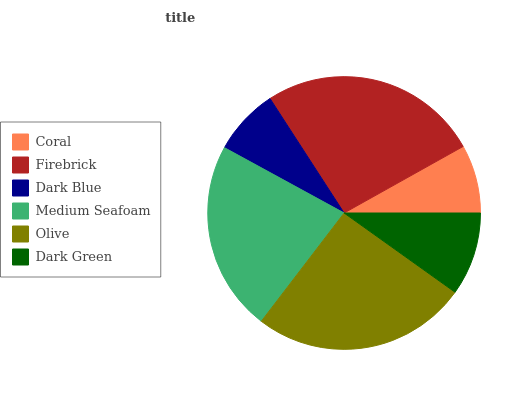
| Coral | Firebrick | Dark Blue | Medium Seafoam | Olive | Dark Green |
 | --- | --- | --- | --- | --- | --- |
 | 8.11% | 26.1% | 7.91% | 22.6% | 25.4% | 9.86% |